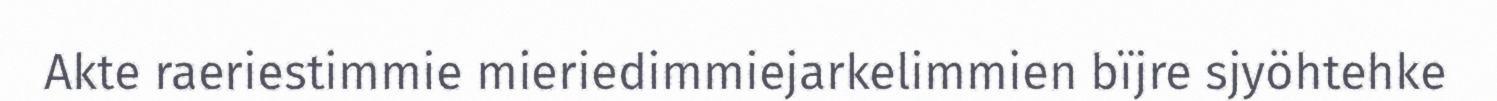
Akte raeriestimmie mieriedimmiejarkelimmien bïjre sjyöhtehke